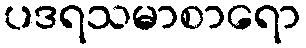
ပဒရသမာစာရော